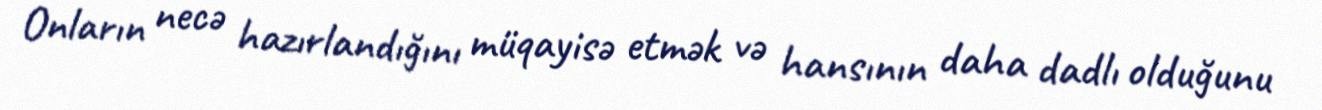
Onların necə hazırlandığını müqayisə etmək və hansının daha dadlı olduğunu